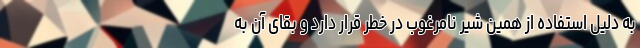
به دلیل استفاده از همین شیر نامرغوب در خطر قرار دارد و بقای آن به